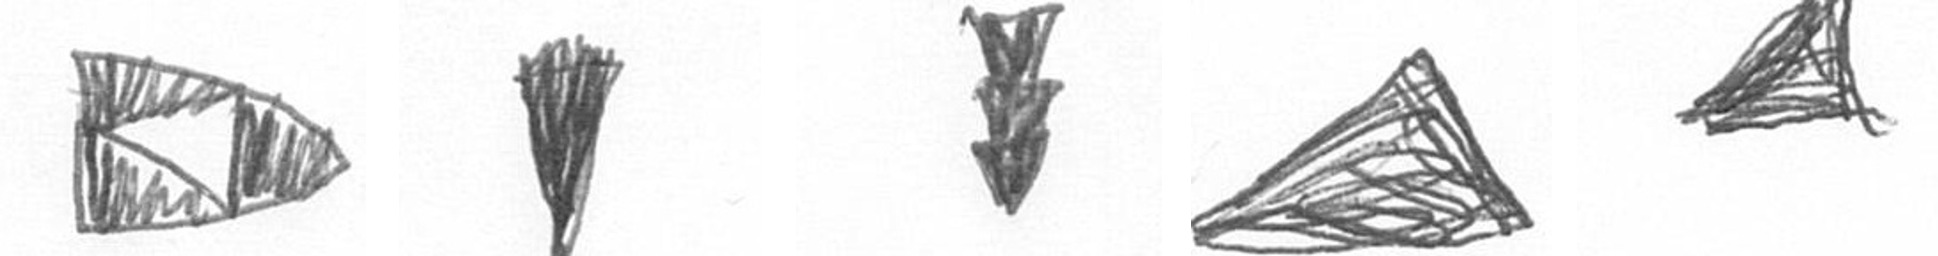
K J E O O